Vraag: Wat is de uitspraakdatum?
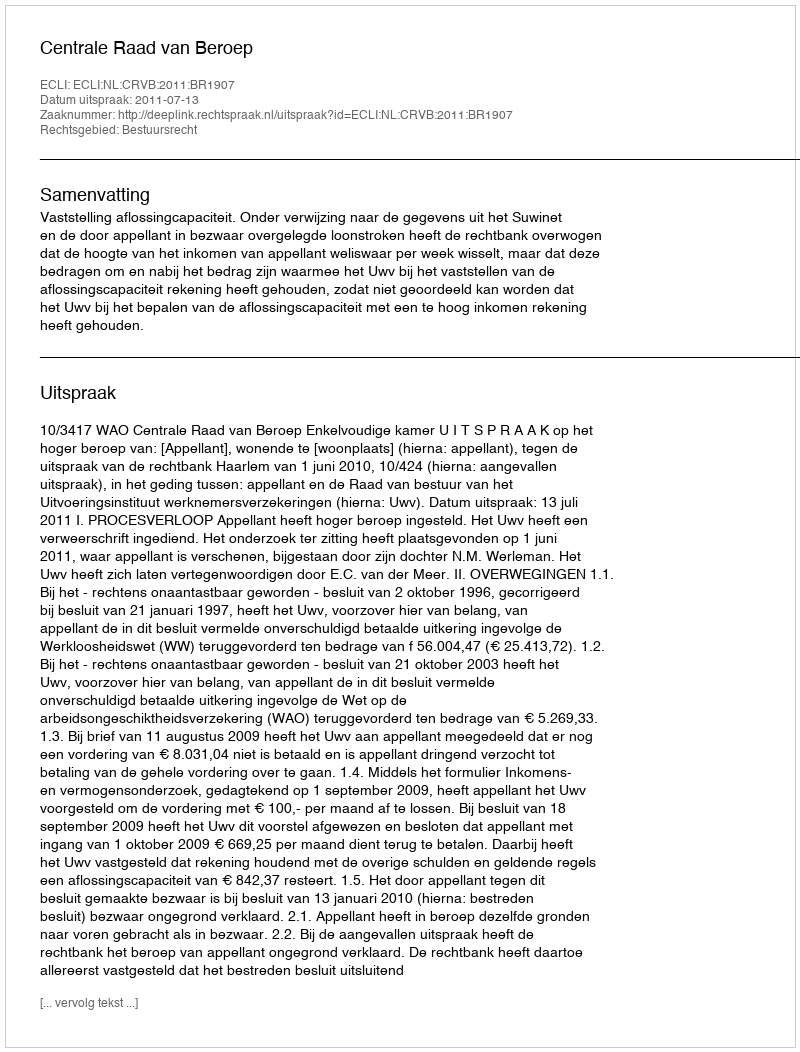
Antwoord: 2011-07-13